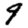
Digit: 9